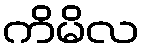
ကိမိလ